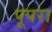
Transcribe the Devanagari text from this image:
पूपरा